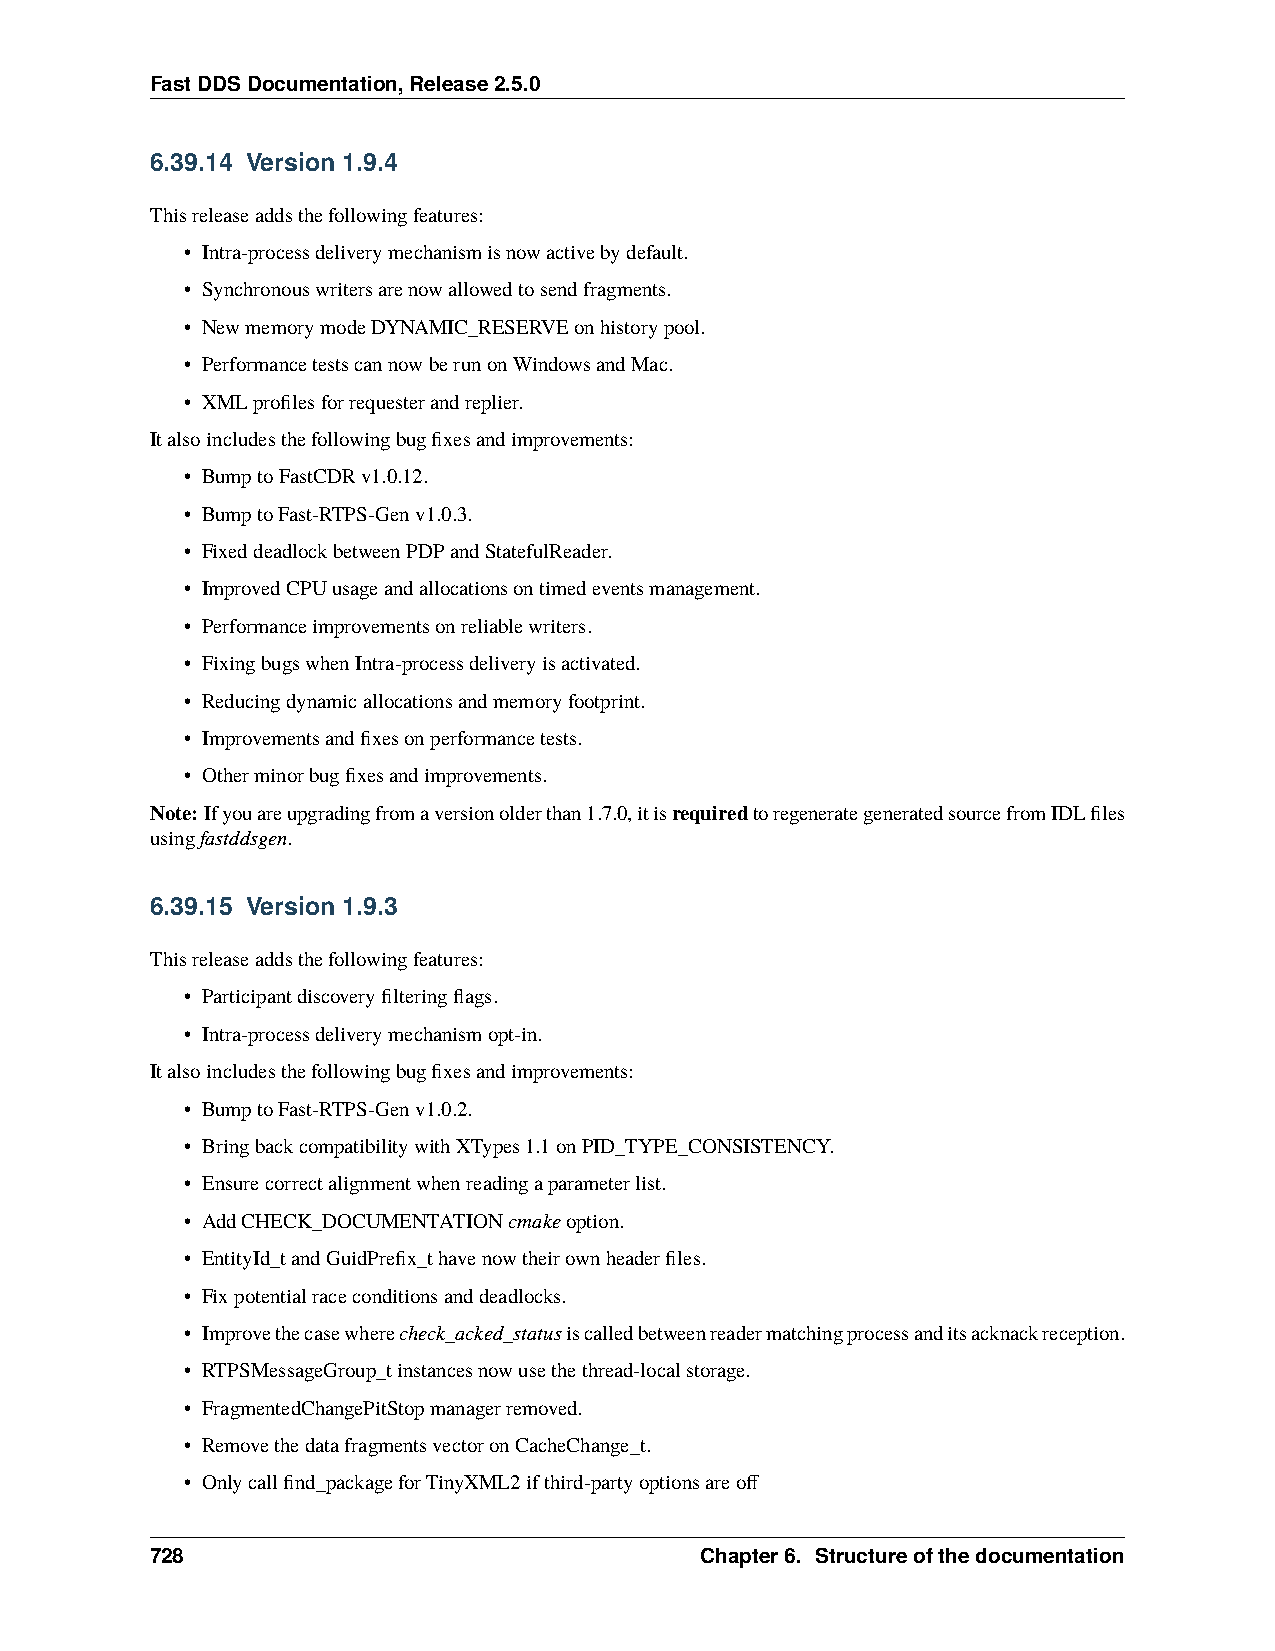
FastDDSDocumentation,Release2.5.0
 6.39.14 Version 1.9.4
 Thisreleaseaddsthefollowingfeatures:
 • Intra-processdeliverymechanismisnowactivebydefault.
 • Synchronouswritersarenowallowedtosendfragments.
 • NewmemorymodeDYNAMIC_RESERVEonhistorypool.
 • PerformancetestscannowberunonWindowsandMac.
 • XMLprofilesforrequesterandreplier.
 Italsoincludesthefollowingbugfixesandimprovements:
 • BumptoFastCDRv1.0.12.
 • BumptoFast-RTPS-Genv1.0.3.
 • FixeddeadlockbetweenPDPandStatefulReader.
 • ImprovedCPUusageandallocationsontimedeventsmanagement.
 • Performanceimprovementsonreliablewriters.
 • FixingbugswhenIntra-processdeliveryisactivated.
 • Reducingdynamicallocationsandmemoryfootprint.
 • Improvementsandfixesonperformancetests.
 • Otherminorbugfixesandimprovements.
 Note: Ifyouareupgradingfromaversionolderthan1.7.0,itisrequiredtoregenerategeneratedsourcefromIDLfiles
 usingfastddsgen.
 6.39.15 Version 1.9.3
 Thisreleaseaddsthefollowingfeatures:
 • Participantdiscoveryfilteringflags.
 • Intra-processdeliverymechanismopt-in.
 Italsoincludesthefollowingbugfixesandimprovements:
 • BumptoFast-RTPS-Genv1.0.2.
 • BringbackcompatibilitywithXTypes1.1onPID_TYPE_CONSISTENCY.
 • Ensurecorrectalignmentwhenreadingaparameterlist.
 • AddCHECK_DOCUMENTATIONcmakeoption.
 • EntityId_tandGuidPrefix_thavenowtheirownheaderfiles.
 • Fixpotentialraceconditionsanddeadlocks.
 • Improvethecasewherecheck_acked_statusiscalledbetweenreadermatchingprocessanditsacknackreception.
 • RTPSMessageGroup_tinstancesnowusethethread-localstorage.
 • FragmentedChangePitStopmanagerremoved.
 • RemovethedatafragmentsvectoronCacheChange_t.
 • Onlycallfind_packageforTinyXML2ifthird-partyoptionsareoff
 728                                 Chapter6. Structureofthedocumentation